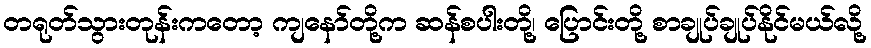
တရုတ်သွားတုန်းကတော့ ကျနော်တို့က ဆန်စပါးတို့၊ ပြောင်းတို့ စာချုပ်ချုပ်နိုင်မယ်လို့